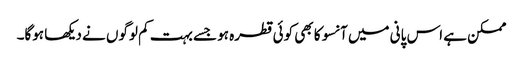
ممکن ہے اس پانی میں آنسو کا بھی کوئی قطرہ ہو جسے بہت کم لوگوں نے دیکھا ہوگا۔